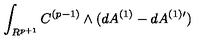
\int _ { R ^ { p + 1 } } C ^ { ( p - 1 ) } \wedge ( d A ^ { ( 1 ) } - d A ^ { ( 1 ) \prime } )